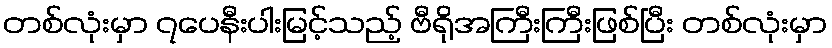
တစ်လုံးမှာ ၇ပေနီးပါးမြင့်သည့် ဗီရိုအကြီးကြီးဖြစ်ပြီး တစ်လုံးမှာ